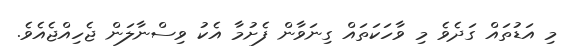
މި އަޑުތައް ގަދެވެ މި ވާހަކަތައް ގިނަވާން ފެށުމާ އެކު ވިސްނާލަން ޖެހިއްޖެއެވެ.